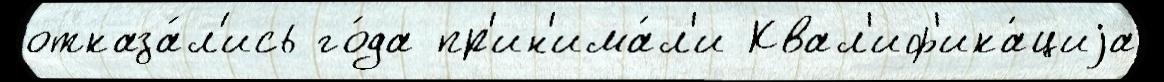
отказа́л'ись го́да пр'ин'има́л'и Квал'иф'ика́циjа